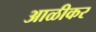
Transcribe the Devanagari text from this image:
आळीकर